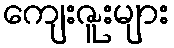
ကျေးဇူးများ